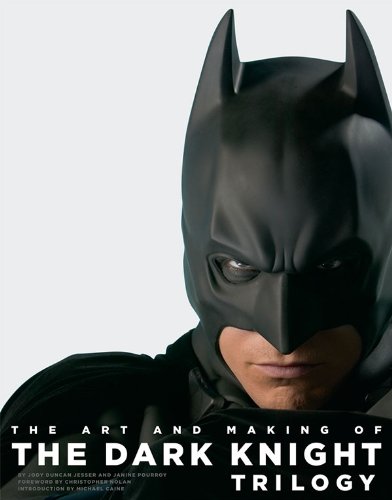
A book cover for The Art and Making of The Dark Knight Trilogy; Jody Duncan Jesser; Humor & Entertainment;